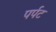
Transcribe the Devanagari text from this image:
पर्पट